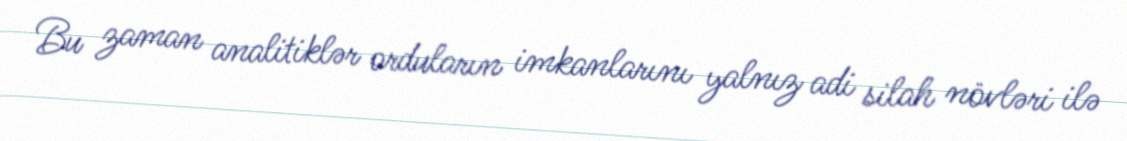
Bu zaman analitiklər orduların imkanlarını yalnız adi silah növləri ilə